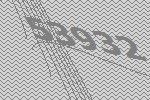
53932